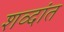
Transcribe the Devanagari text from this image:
शव्दांत